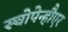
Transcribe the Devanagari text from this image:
स्चोपेन्हौएर